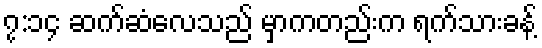
၇:၁၄ ဆက်ဆံလေသည် မှာကတည်းက ရက်သားခန့်